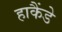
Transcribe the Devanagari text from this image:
हाकैंडे